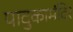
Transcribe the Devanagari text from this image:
पादुकामंदिर